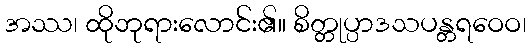
အဿ၊ ထိုဘုရားလောင်း၏။ စိတ္တုပ္ပာဒသပန္တရဝေဝ၊